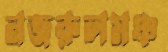
নজরুলমঞ্চ